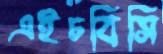
এইচবিসি